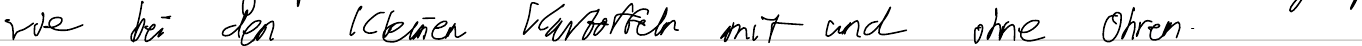
wie bei den kleinen Kartoffeln mit und ohne Ohren.